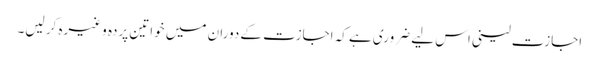
اجازت لینی اس لیے ضروری ہے کہ اجازت کے دوران میں خواتین پردہ وغیرہ کر لیں۔